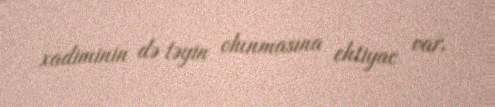
xadiminin də təyin olunmasına ehtiyac var.